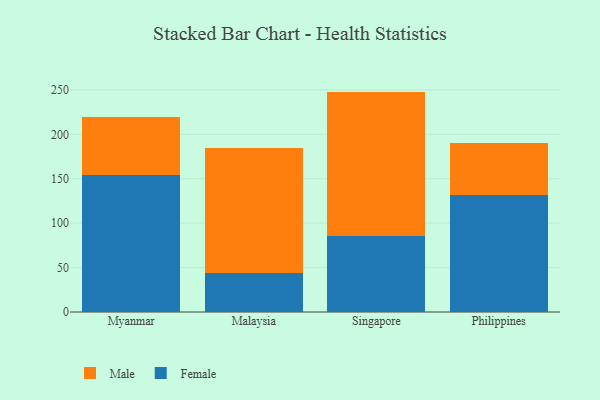
{"axis": {"x": "Country", "y": "Latency (ms)"}, "legend": ["Female", "Male"], "data": [{"x": "Myanmar", "y": 154.1, "type": "Female"}, {"x": "Myanmar", "y": 65.0, "type": "Male"}, {"x": "Malaysia", "y": 44.1, "type": "Female"}, {"x": "Malaysia", "y": 140.0, "type": "Male"}, {"x": "Singapore", "y": 85.3, "type": "Female"}, {"x": "Singapore", "y": 162.8, "type": "Male"}, {"x": "Philippines", "y": 131.9, "type": "Female"}, {"x": "Philippines", "y": 57.8, "type": "Male"}]}